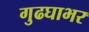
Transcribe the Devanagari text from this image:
गुढघाभर